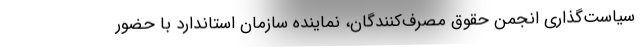
سیاست‌گذاری انجمن حقوق مصرف‌کنندگان، نماینده سازمان استاندارد با حضور